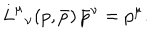
L _ { \; \; \nu } ^ { \mu } ( p , \bar { p } ) \, \bar { p } ^ { \nu } = p ^ { \mu } .